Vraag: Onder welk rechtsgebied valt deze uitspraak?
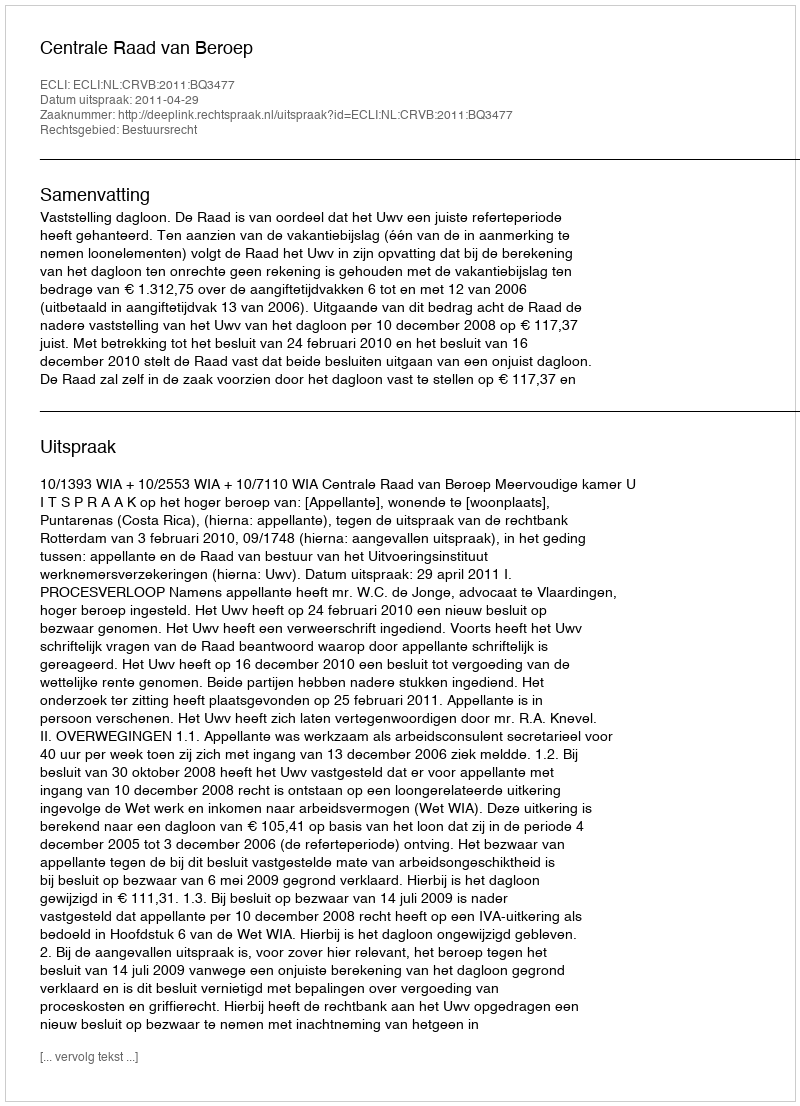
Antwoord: Bestuursrecht